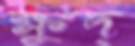
ক্ষুদ্